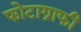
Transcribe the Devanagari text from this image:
फोटाग्राफी